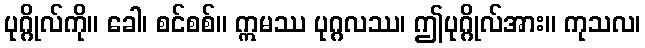
ပုဂ္ဂိုလ်ကို။ ခေါ၊ စင်စစ်။ ဣမဿ ပုဂ္ဂလဿ၊ ဤပုဂ္ဂိုလ်အား။ ကုသလ၊